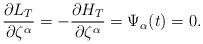
LaTeX: \begin{align*}\frac{\partial L_{T}}{\partial \zeta^{\alpha}}=-\frac{\partial H_{T}}{\partial \zeta^{\alpha}}=\Psi_{\alpha}(t)=0.\end{align*}